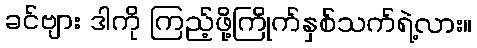
ခင်ဗျား ဒါကို ကြည့်ဖို့ကြိုက်နှစ်သက်ရဲ့လား။